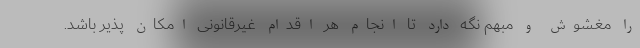
را مغشوش و مبهم نگه دارد تا انجام هر اقدام غیرقانونی امکان پذیر باشد.